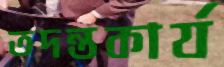
তদন্তকার্য